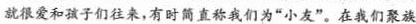
就很爱和孩子们往来，有时简直称我们为”小友”。在我们聚族